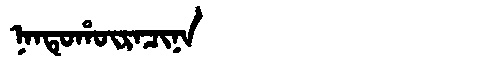
Manchu: ᠨᠠᠨᡨᡠᡥᡡᡵᠠᠴᡳᠨᠠ
Romanization: NANTUHŪRACINA